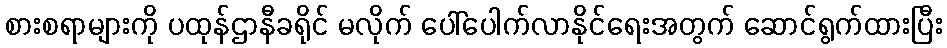
စားစရာများကို ပထုန်ဌာနီခရိုင် မလိုက် ပေါ်ပေါက်လာနိုင်ရေးအတွက် ဆောင်ရွက်ထားပြီး